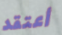
أعتقد